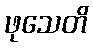
ဖုသေတိ